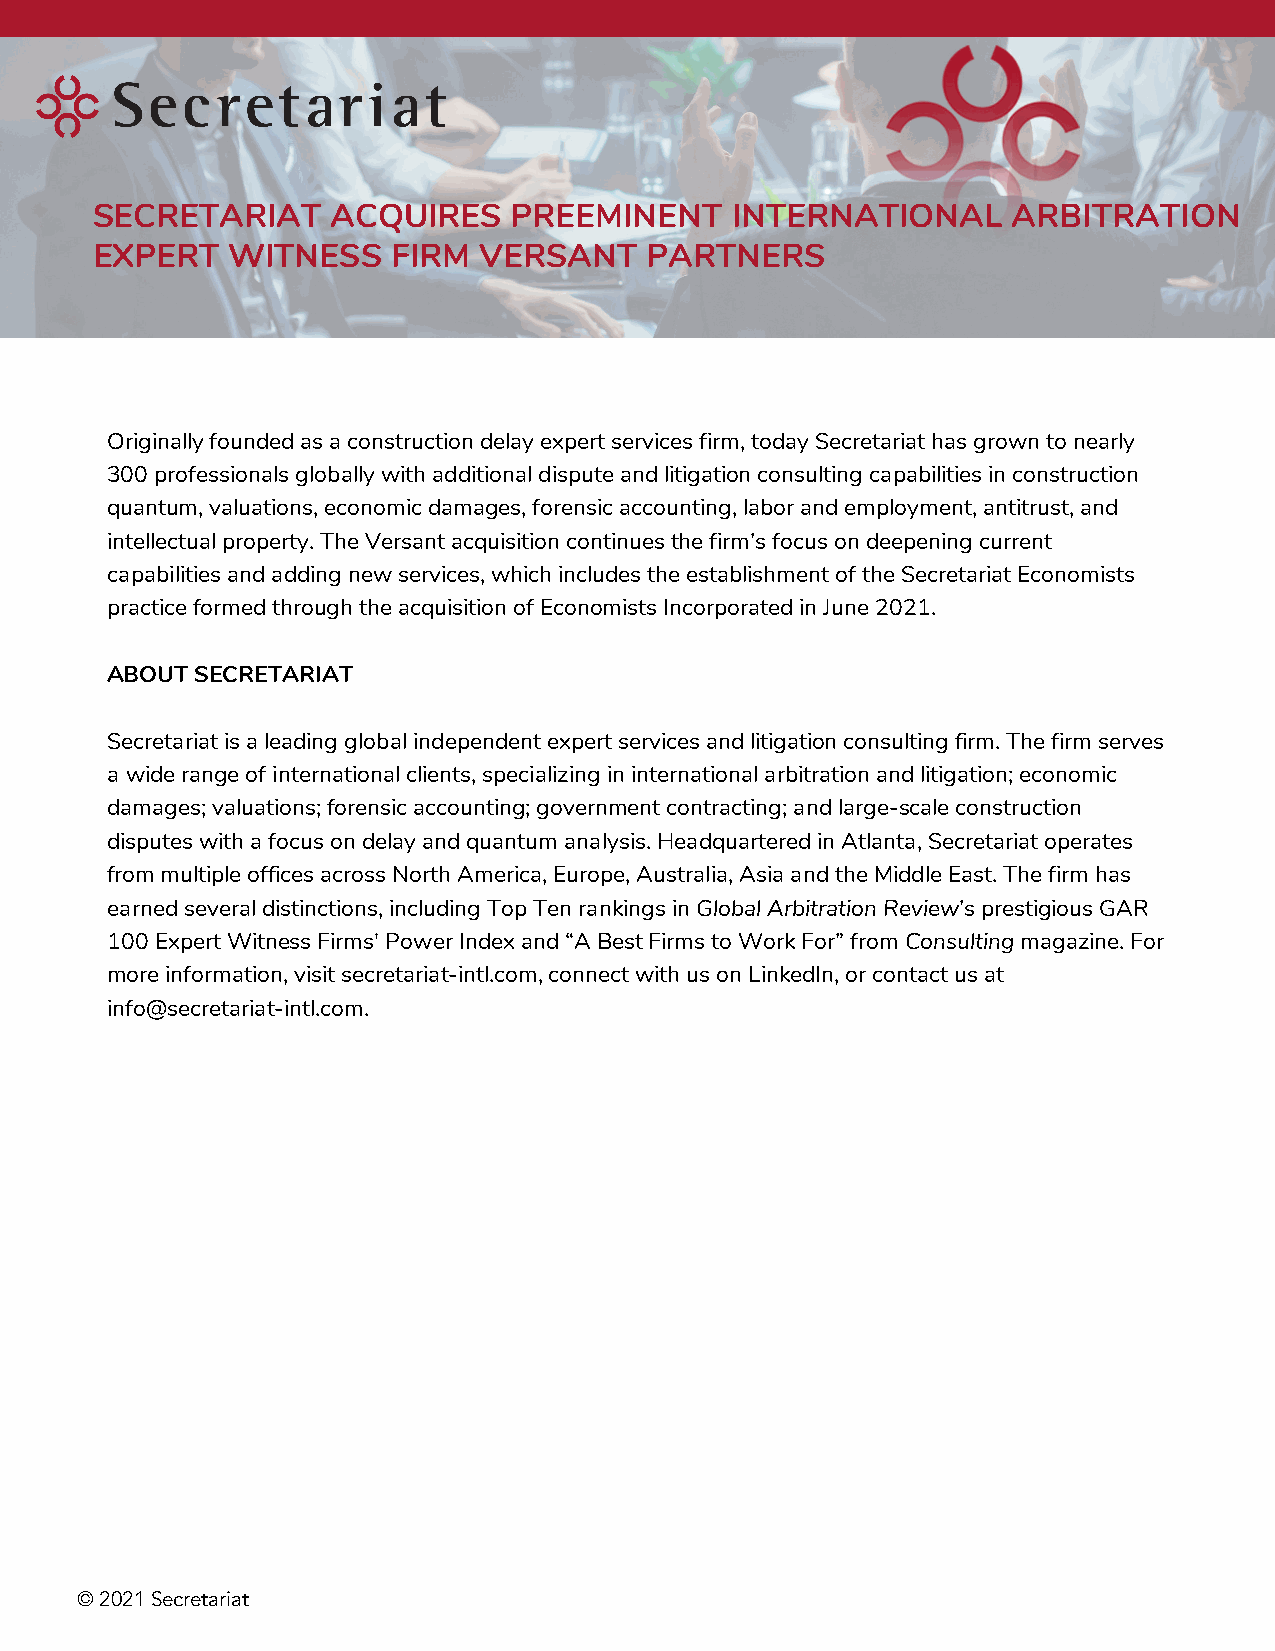
SECRETARIAT     ACQUIRES    PREEMINENT    INTERNATIONAL      ARBITRATION
 EXPERT   WITNESS    FIRM  VERSANT    PARTNERS
 Originally founded as a construction delay expert services firm, today Secretariat has grown to nearly
 300 professionals globally with additional dispute and litigation consulting capabilities in construction
 quantum, valuations, economic damages, forensic accounting, labor and employment, antitrust, and
 intellectual property. The Versant acquisition continues the firm’s focus on deepening current
 capabilities and adding new services, which includes the establishment of the Secretariat Economists
 practice formed through the acquisition of Economists Incorporated in June 2021.
 ABOUT SECRETARIAT
 Secretariat is a leading global independent expert services and litigation consulting firm. The firm serves
 a wide range of international clients, specializing in international arbitration and litigation; economic
 damages; valuations; forensic accounting; government contracting; and large-scale construction
 disputes with a focus on delay and quantum analysis. Headquartered in Atlanta, Secretariat operates
 from multiple offices across North America, Europe, Australia, Asia and the Middle East. The firm has
 earned several distinctions, including Top Ten rankings in Global Arbitration Review’s prestigious GAR
 100 Expert Witness Firms' Power Index and “A Best Firms to Work For” from Consultingmagazine. For
 more information, visit secretariat-intl.com, connect with us on LinkedIn, or contact us at
 info@secretariat-intl.com.
 © 2021 Secretariat